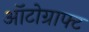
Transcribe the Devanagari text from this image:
ऑटोग्राफ्ट